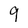
Character: 9